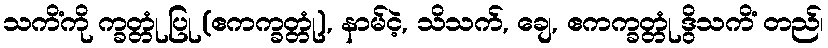
သကိံကို က္ခတ္တုံ ပြု (ဧကက္ခတ္တုံ), နာမ်ငဲ့, သိသက်, ချေ, ဧကက္ခတ္တုံ ဒွိသကိံ တည်၊